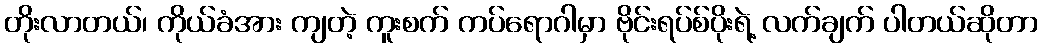
တိုးလာတယ်၊ ကိုယ်ခံအား ကျတဲ့ ကူးစက် ကပ်ရောဂါမှာ ဗိုင်းရပ်စ်ပိုးရဲ့ လက်ချက် ပါတယ်ဆိုတာ